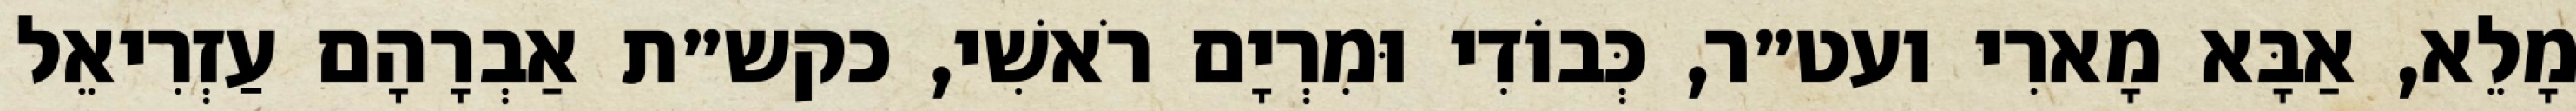
מָלֵא, אַבָּא מָארִי ועט״ר, כְּבוֹדִי וּמִרְיָם רֹאשִׁי, כקש״ת אַבְרָהָם עַזְרִיאֵל